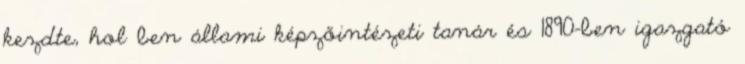
kezdte, hol ben állami képzőintézeti tanár és 1890-ben igazgató